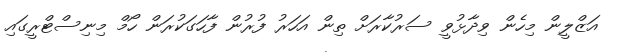
އަޒްލީން މިހެން ވިދާޅުވީ ސަރުކާރަށް ތިން އަހަރު ފުރުން ފާހަގަކުރަން ހޯމް މިނިސްޓްރީގައި